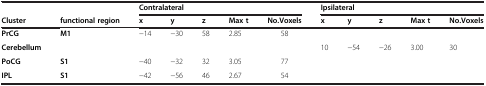
<table><thead><tr><td rowspan="2"><b>Cluster</b></td><td rowspan="2"><b>functional region</b></td><td colspan="5"><b>Contralateral</b></td><td colspan="5"><b>Ipsilateral</b></td></tr><tr><td><b>x</b></td><td><b>y</b></td><td><b>z</b></td><td><b>Max t</b></td><td><b>No.Voxels</b></td><td><b>x</b></td><td><b>y</b></td><td><b>z</b></td><td><b>Max t</b></td><td><b>No.Voxels</b></td></tr></thead><tbody><tr><td><b>PrCG</b></td><td><b>M1</b></td><td>−14</td><td>−30</td><td>58</td><td>2.85</td><td>58</td><td> </td><td> </td><td> </td><td> </td><td> </td></tr><tr><td><b>Cerebellum</b></td><td> </td><td> </td><td> </td><td> </td><td> </td><td> </td><td>10</td><td>−54</td><td>−26</td><td>3.00</td><td>30</td></tr><tr><td><b>PoCG</b></td><td><b>S1</b></td><td>−40</td><td>−32</td><td>32</td><td>3.05</td><td>77</td><td> </td><td> </td><td> </td><td> </td><td> </td></tr><tr><td><b>IPL</b></td><td><b>S1</b></td><td>−42</td><td>−56</td><td>46</td><td>2.67</td><td>54</td><td> </td><td> </td><td> </td><td> </td><td> </td></tr></tbody></table>